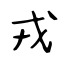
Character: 戎